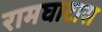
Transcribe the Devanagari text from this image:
रामघाटास